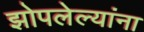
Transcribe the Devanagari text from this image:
झोपलेल्यांना